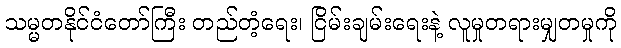
သမ္မတနိုင်ငံတော်ကြီး တည်တံ့ရေး၊ ငြိမ်းချမ်းရေးနဲ့ လူမှုတရားမျှတမှုကို